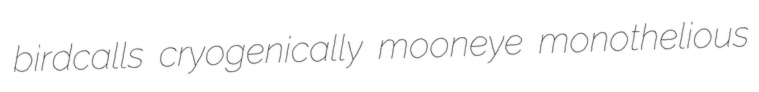
birdcalls cryogenically mooneye monothelious